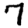
Digit: 7